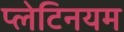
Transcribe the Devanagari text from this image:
प्लेटिनयम